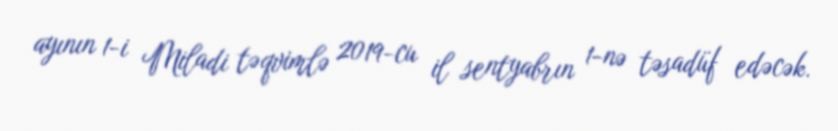
ayının 1-i Miladi təqvimlə 2019-cu il sentyabrın 1-nə təsadüf edəcək.